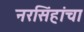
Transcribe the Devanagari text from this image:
नरसिंहांचा